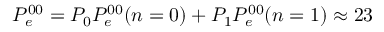
P _ { e } ^ { 0 0 } = P _ { 0 } P _ { e } ^ { 0 0 } ( n = 0 ) + P _ { 1 } P _ { e } ^ { 0 0 } ( n = 1 ) \approx 2 3 \